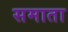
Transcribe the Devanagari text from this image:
समाता